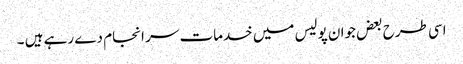
اسی طرح بعض جوان پولیس میں خدمات سر انجام دے رہے ہیں ۔